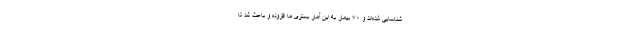
شناسایی شده‌اند و ۷۰ بیمار به این آمار بستری ما افزوده و باعث شد تا